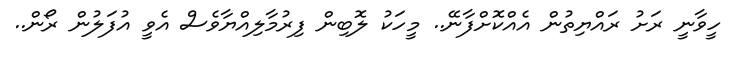
ހީވާނީ ރަށު ރައްޔިތުން އެއްކޮށްފާނޭ.. މީހަކު ލޮބިން ފިރުމާލިއްޔާވެސް އެވީ އުފަލުން ރޯން..